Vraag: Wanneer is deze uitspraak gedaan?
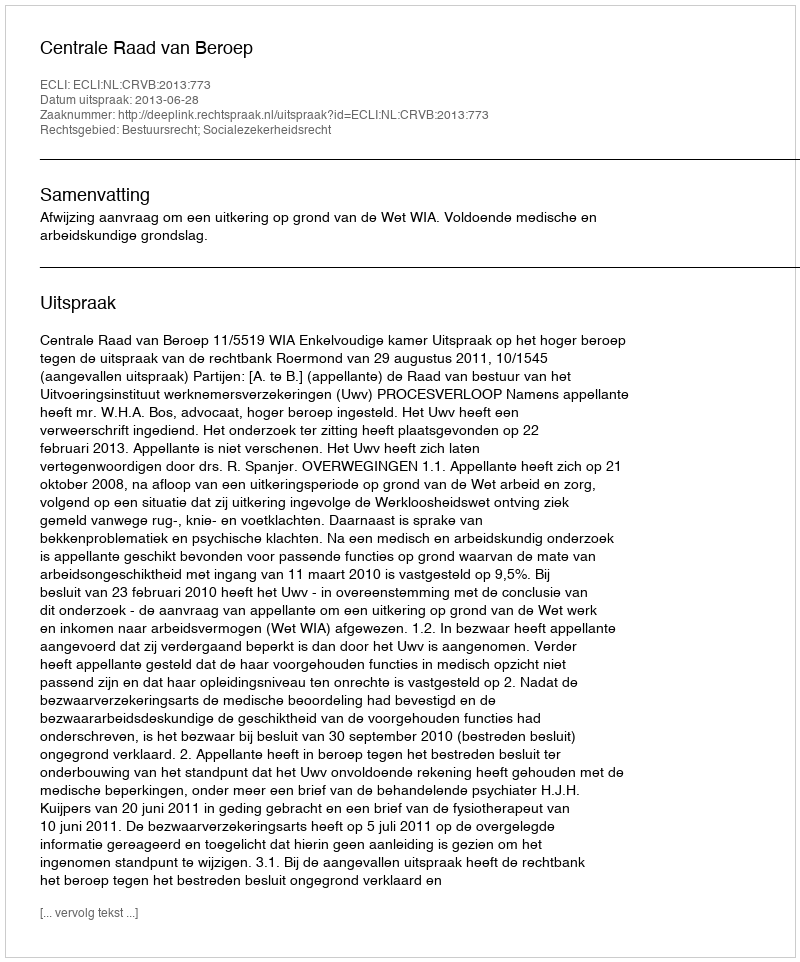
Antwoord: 2013-06-28